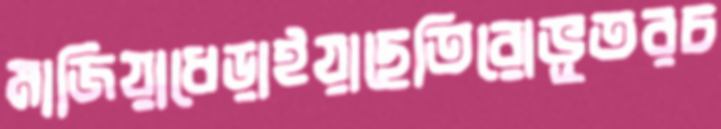
মাজিয়াধেড়াইয়াছেতিরোভূতরচ